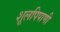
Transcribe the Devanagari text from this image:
शूलपिपाणी